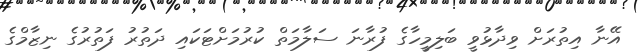
އޭނާ އިތުރަށް ވިދާޅުވީ ބަލިމީހާގެ ފުރާނަ ސަލާމަތް ކުރުމަށްޓަކައި ދަތުރު ފަތުރުގެ ނިޒާމްގެ